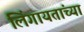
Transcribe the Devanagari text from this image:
लिंगायतांच्या